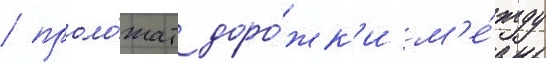
/ проло́жат доро́жк'и м'е́жду